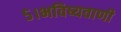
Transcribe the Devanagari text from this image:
५।भविष्यवाणी